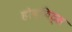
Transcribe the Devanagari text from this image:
होब्बिट्स